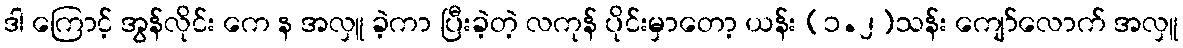
ဒါ ကြောင့် အွန်လိုင်း ကေ န အလှူ ခဲ့ကာ ပြီးခဲ့တဲ့ လကုန် ပိုင်းမှာတော့ ယန်း (၁.၂)သန်း ကျော်လောက် အလှူ